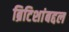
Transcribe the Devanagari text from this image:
ब्रिटिशांबद्दल